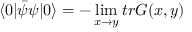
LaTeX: \langle 0 | { \bar { \psi } } \psi | 0 \rangle = - \operatorname * { l i m } _ { x \rightarrow y } t r G ( x , y )